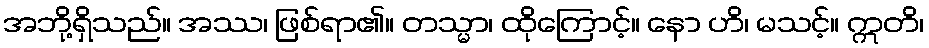
အဘို့ရှိသည်။ အဿ၊ ဖြစ်ရာ၏။ တသ္မာ၊ ထိုကြောင့်။ နော ဟိ၊ မသင့်။ ဣတိ၊